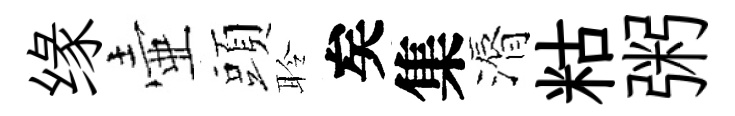
缘壷頭聆矣集漘䊀粥